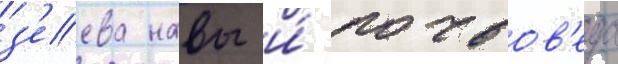
з'еева навы и́ почвов'еда